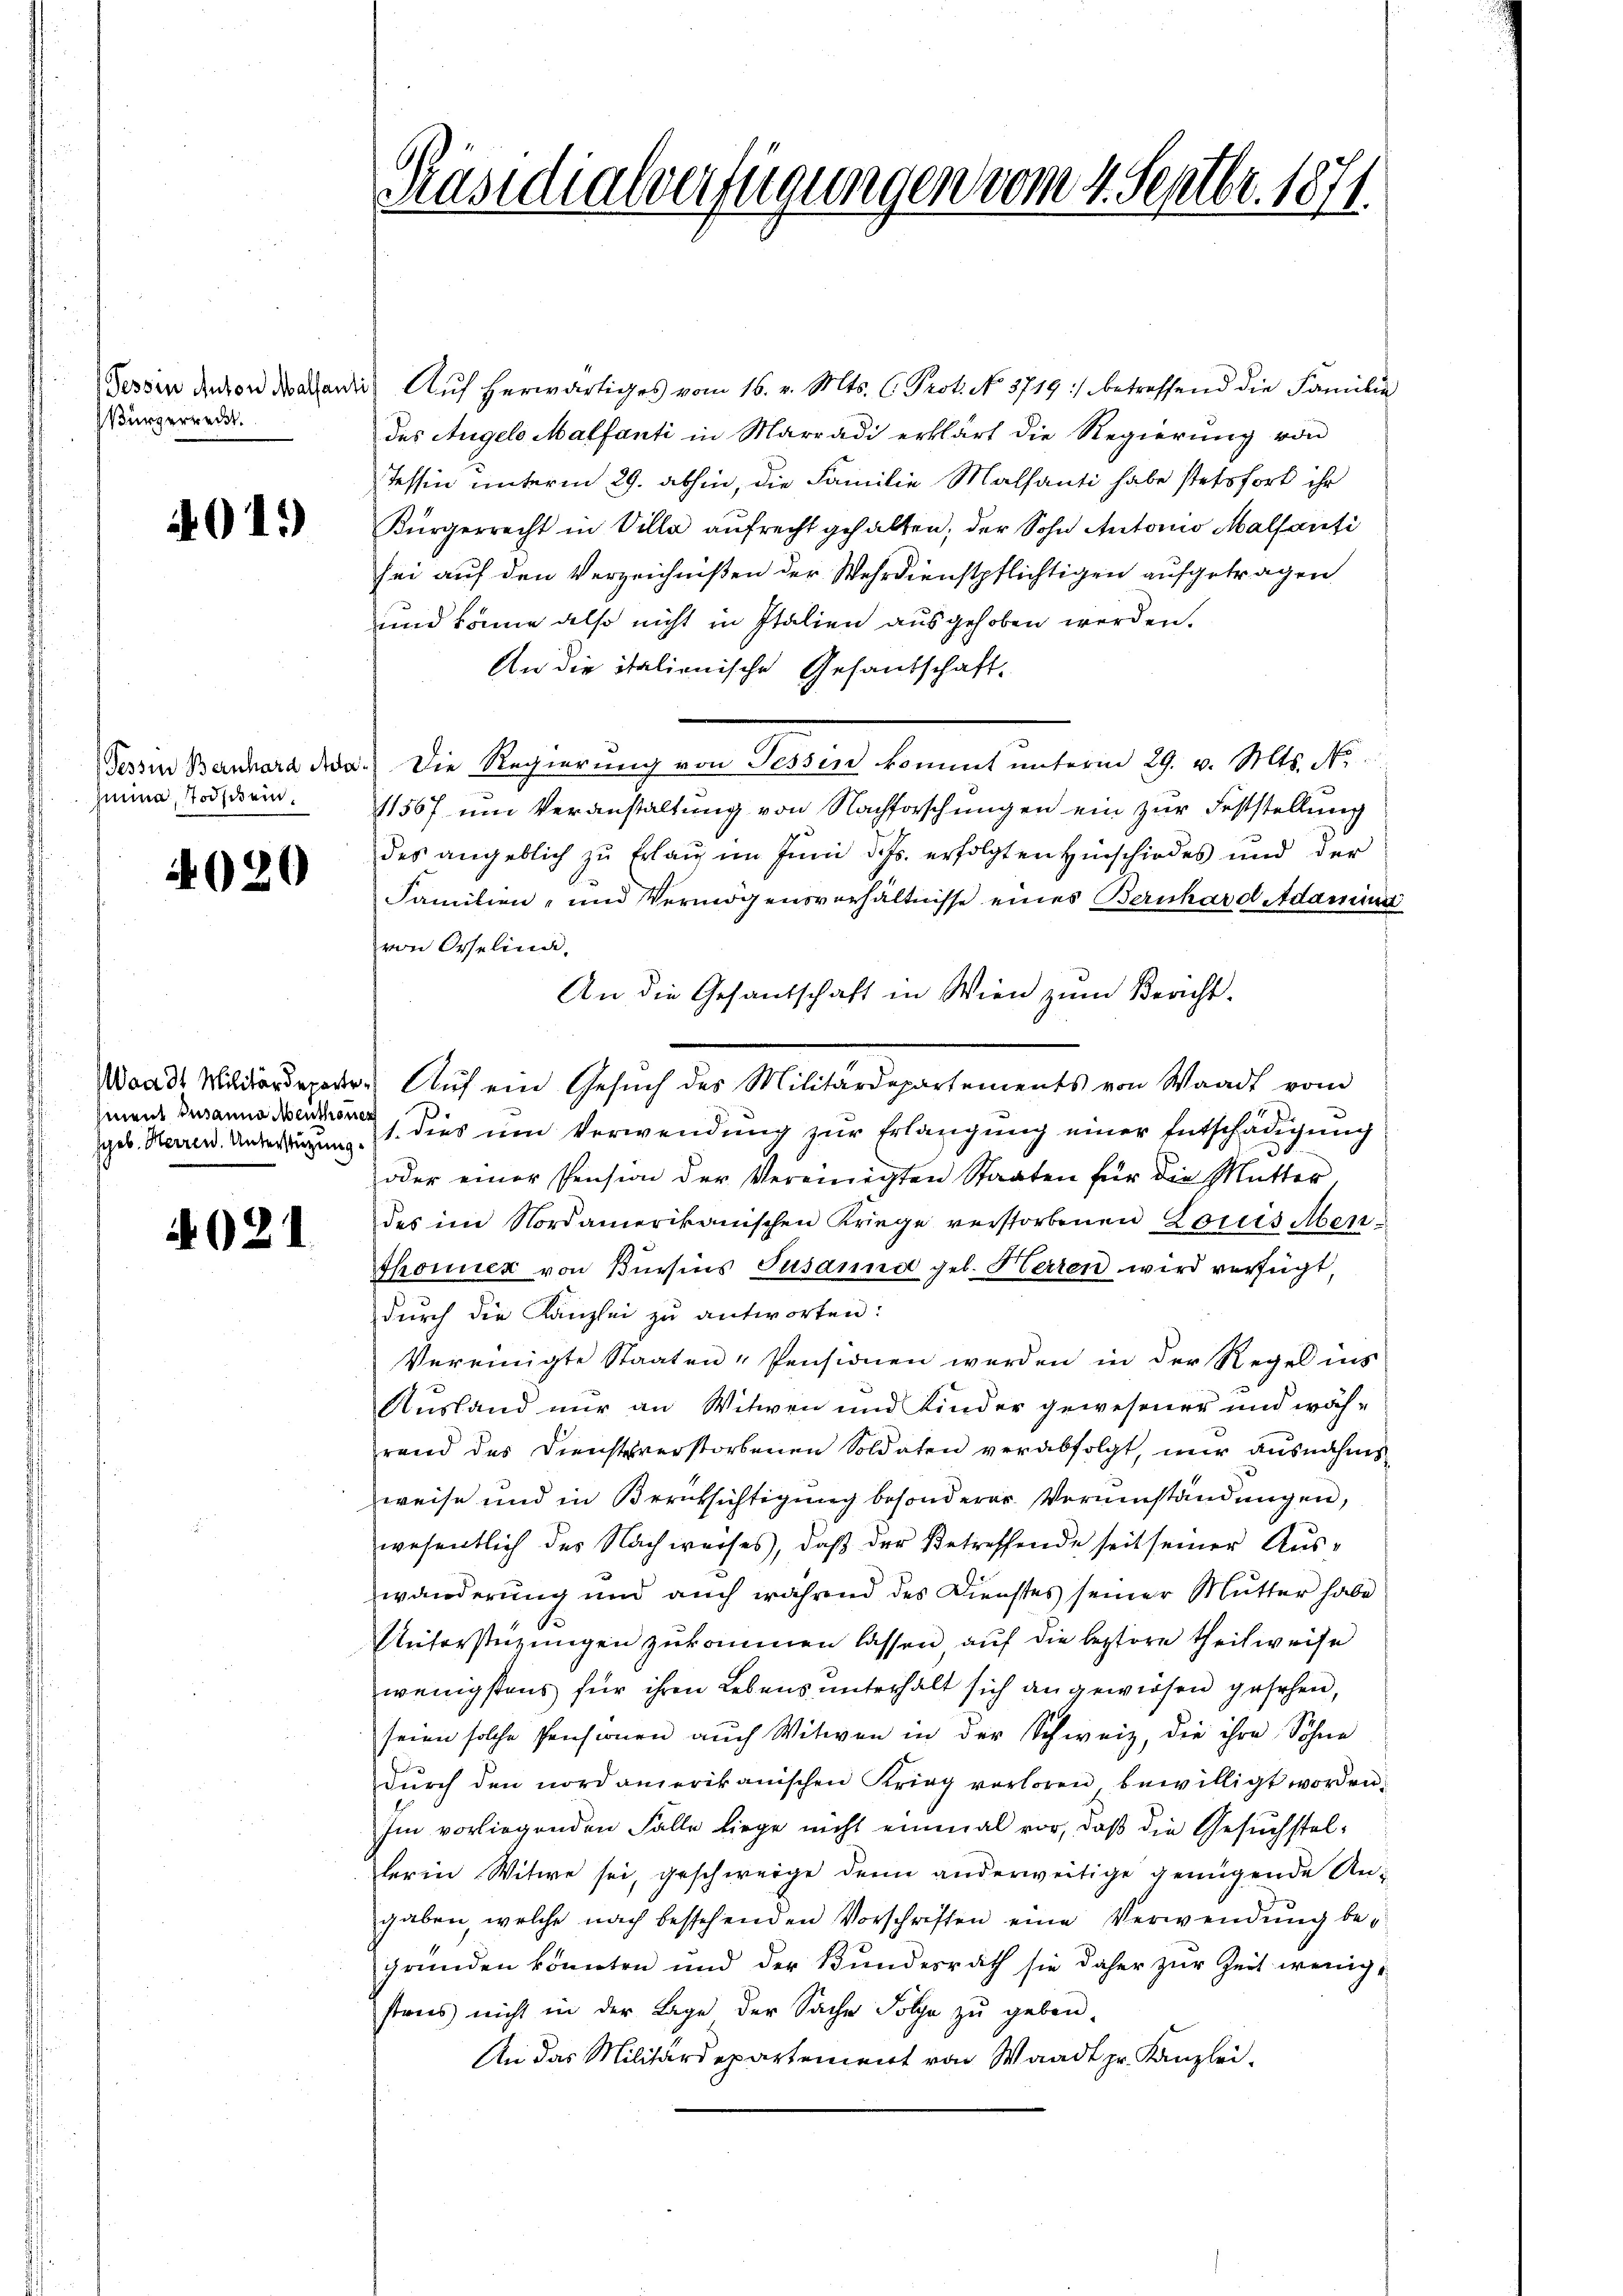
Bürgerrecht.

401.)

mina, Todschein.

4020

hineint Susanna Menthonen

4021

Fessen davon Notarii Auf herwärtiges vom 16. v. Mts. C. Prot. No. 3719 :/ betreffend die Familie
des Angelo Malfanti in Marradi erklärt die Regierung von
Tessin unterm 29. abhin, die Familie Malsanti habe stetsfort ihr
Bürgerrecht in Villa aŭfrecht gehalten, der Sohn Antonio Malanti
sei auf den Verzeichnißen der Wehrdienstpflichtigen aufgetragen
und könne also nicht in Italien ausgehoben werden.
An die italienische Gesandschaft
Tessin Bernhard da. Die Regierung von Tessin kommt unterm 29. v. Mts. N
11567 um Veranstaltung von Nachforschungen ein zur Feststellung
des angeblich zŭ Erlaŭfen Juni d. Js. erfolgten Hinschiedes und der
Familien- und Vermögensverhältnisse eines Bernhard damina
von Orelind,
An die Gesandschaft in Wien zŭm Bericht.
Waadt Milderer Auf ein Gesŭch des Militärdepartements von Waadt vom
geb. Herren. Untertigung 1. dies um Verwendung zur Erlangung einer Entschädigung
oder einer Pension der Vereinigten Staaten für die Mutter
des im Nordamerikanischen Kriege verstorbenen Loris Abenthonier von Bursins Susanna geb. Herren wird verfügt,
durch die Kanzlei zu antworten:
Vereinigte Staaten "Pensionen werden in der Regel ins
Ausland nur an Witwen und Kinder gewesener und während das Dienstverstorbenen Soldaten verabfolgt, nur ausnahms
weise und in Berüksichtigung besonderer Verumständungen,
wesentlich des Nachweises, daß der Betreffende seit seiner Aus-
wänderung und auch während des Dienstes seiner Mutter habe
Unterstüzungen zukommen lassen auf die leztere theilweise
wenigstens für ihren Lebens unterhalt sich angewiesen gesehen,
seien solche Pensionen auch Witwen in der Schweiz, die ihre Sohne
dŭrch den nordamerikanischen Krieg verloren bewilligt worden.
Im vorliegenden Falle liege nicht einmal vor, daß die Gesuchstellerin Witwe sei, geschweige denn anderweitige genügende An-
gaben, welche nach bestehenden Vorschriften eine Verwendung begründen könnten und der Bundesrath sie daher zur Zeit wenigstens nicht in der Lage der Sache Folge zŭ geben.
An das Militärdepartement von Waadt pr. Kanzlei.

Präsidialverfügungen vom 4. Septbr. 1871.